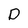
Character: D